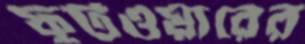
ফুটওয়ারের